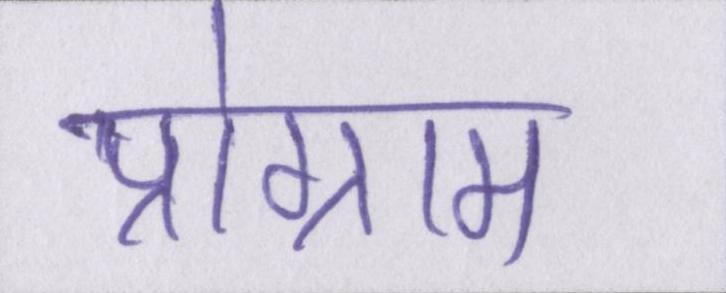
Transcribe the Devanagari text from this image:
प्रोग्राम